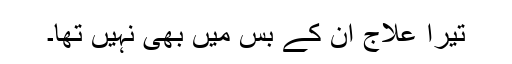
تیرا علاج ان کے بس میں بھی نہیں تھا۔